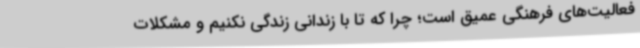
فعالیت‌های فرهنگی عمیق است؛ چرا که تا با زندانی زندگی نکنیم و مشکلات